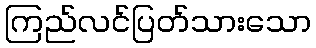
ကြည်လင်ပြတ်သားသော